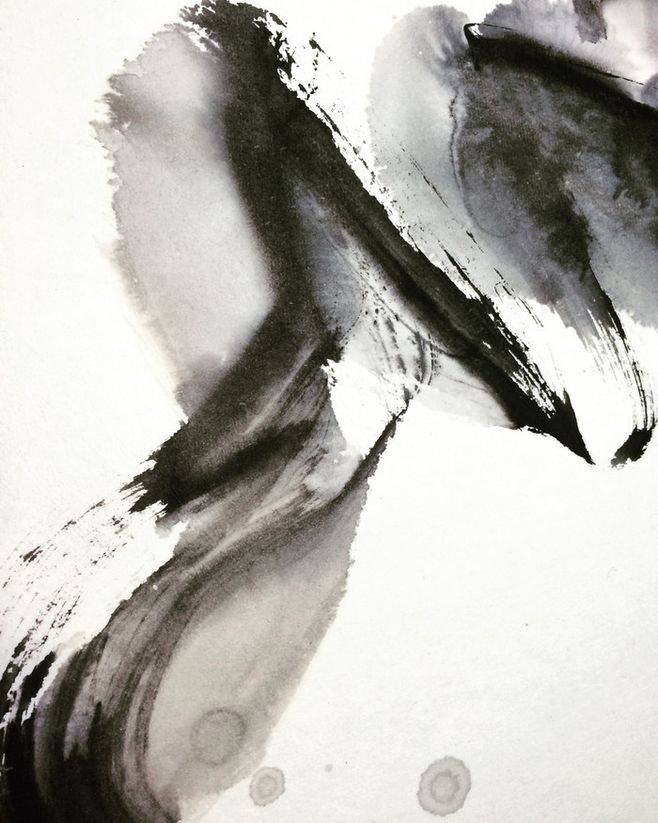
恨无千日酒，空断九回肠。